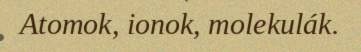
Atomok, ionok, molekulák.